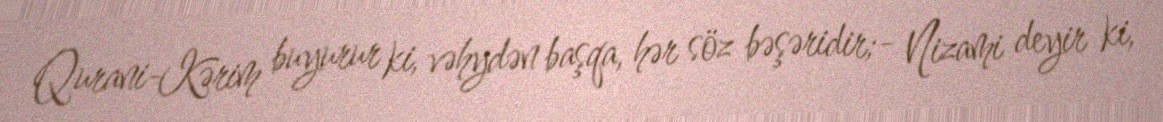
Qurani-Kərim buyurur ki, vəhydən başqa, hər söz bəşəridir;- Nizami deyir ki,